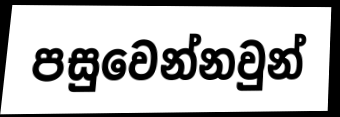
පසුවෙන්නවුන්